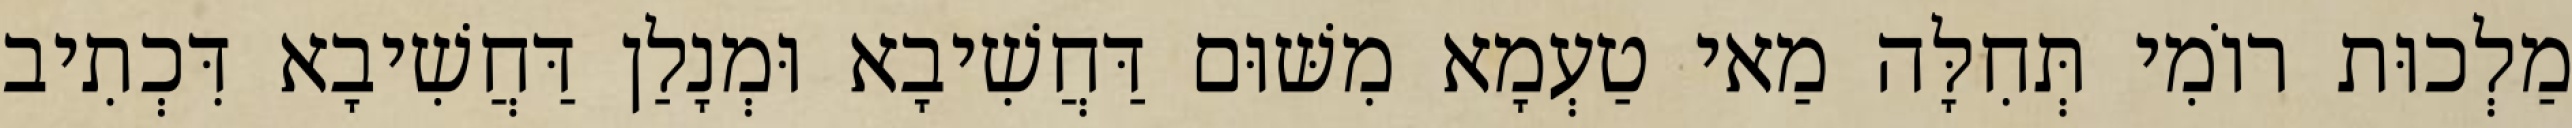
מַלְכוּת רוֹמִי תְּחִלָּה מַאי טַעְמָא מִשּׁוּם דַּחֲשִׁיבָא וּמְנָלַן דַּחֲשִׁיבָא דִּכְתִיב